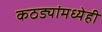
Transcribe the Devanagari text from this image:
कठड्यांमध्येही